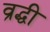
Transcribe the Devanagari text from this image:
व्रद्धी